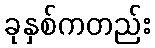
ခုနှစ်ကတည်း